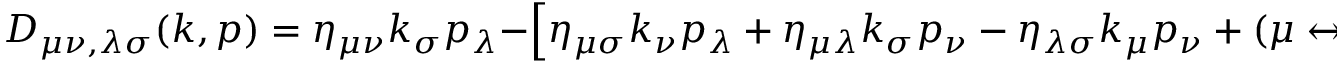
D _ { \mu \nu , \lambda \sigma } ( k , p ) = \eta _ { \mu \nu } k _ { \sigma } p _ { \lambda } - \left[ \eta _ { \mu \sigma } k _ { \nu } p _ { \lambda } + \eta _ { \mu \lambda } k _ { \sigma } p _ { \nu } - \eta _ { \lambda \sigma } k _ { \mu } p _ { \nu } + ( \mu \leftrightarrow \nu ) \right] ,